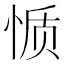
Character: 𰑬